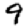
Digit: 9